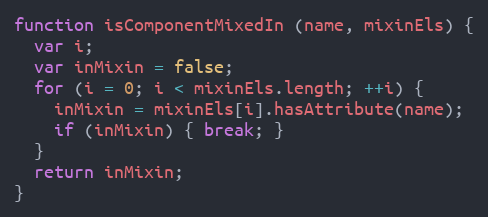
Language: JavaScript
function isComponentMixedIn (name, mixinEls) {
  var i;
  var inMixin = false;
  for (i = 0; i < mixinEls.length; ++i) {
    inMixin = mixinEls[i].hasAttribute(name);
    if (inMixin) { break; }
  }
  return inMixin;
}